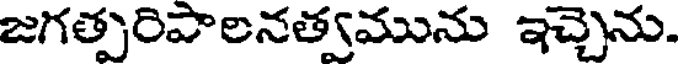
జగత్పరిపాలనత్వమును ఇచ్చెను.